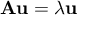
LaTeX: \mathbf { A } \mathbf { u } = \lambda \mathbf { u }